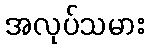
အလုပ်သမား